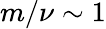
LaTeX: m/\nu\sim 1